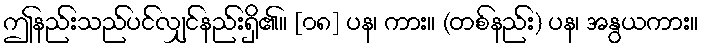
ဤနည်းသည်ပင်လျှင်နည်းရှိ၏။ [၀၈] ပန၊ ကား။ (တစ်နည်း) ပန၊ အနွယကား။